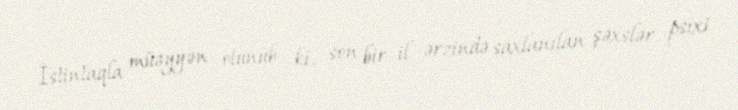
İstintaqla müəyyən olunub ki, son bir il ərzində saxlanılan şəxslər psixi